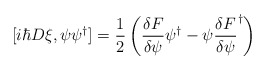
\begin{align*} [i\hbar D\xi, \psi\psi^{\dagger}] &= \frac{1}{2}\left(\frac{\delta F}{\delta \psi}\psi^{\dagger}-\psi \frac{\delta F}{\delta \psi}^{\dagger}\right) \end{align*}